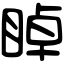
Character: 𥇍